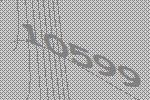
10599